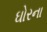
ઘોરના